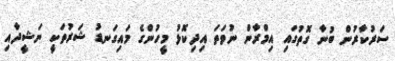
ސަރުކާރުން ބުނާ ގޮތުގައި އިމްރާން ނުވަތަ އިދިކޮޅު މީހުންގެ މައިގަނޑު ޝަރުތަކީ ނަޝީދާއި